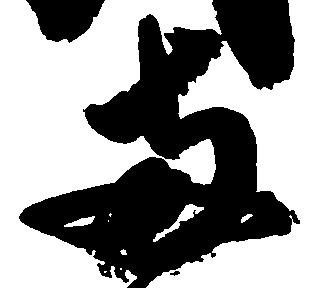
両